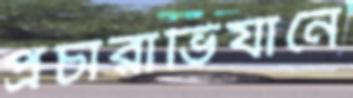
প্রচারাভিযানে